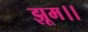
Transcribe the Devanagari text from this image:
झूम।।